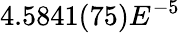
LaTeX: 4.5841(75)E^{-5}